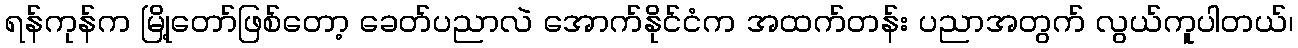
ရန်ကုန်က မြို့တော်ဖြစ်တော့ ခေတ်ပညာလဲ အောက်နိုင်ငံက အထက်တန်း ပညာအတွက် လွယ်ကူပါတယ်၊